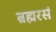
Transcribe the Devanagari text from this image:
ब्रह्मरसं